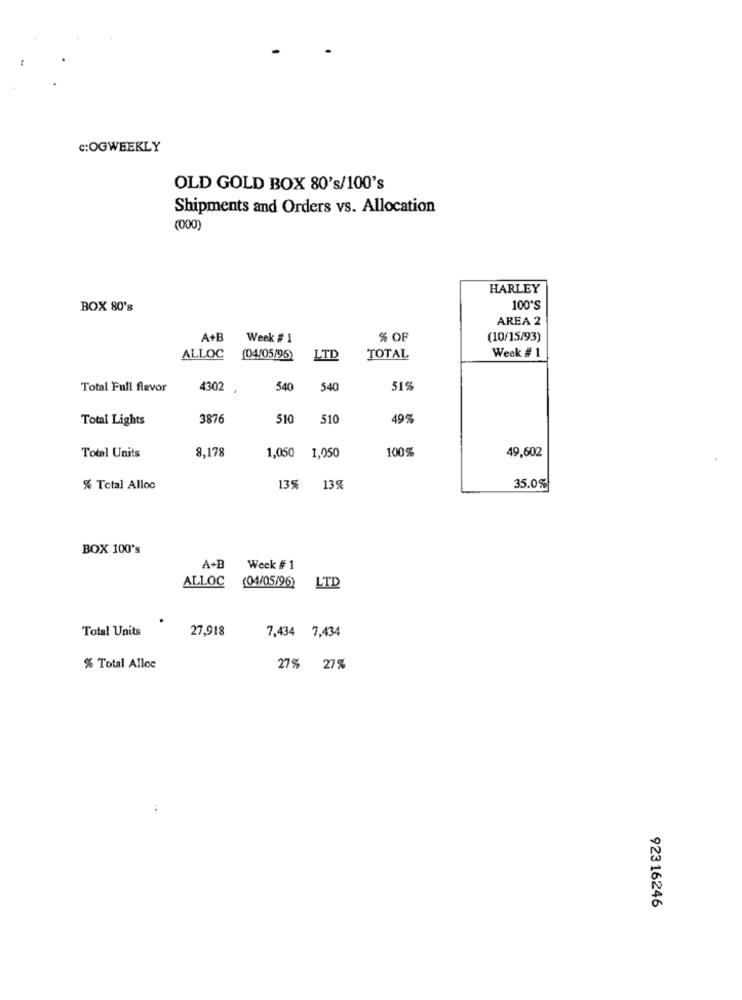
C:OGWEEKLY
OLD GOLD BOX 80's/100's
Shipments and Orders vs. Allocation
(000)
HARLEY
BOX 80's
100'S
AREA 2
A+E
Week # 1
% OF
(10/15/93)
Week # 1
ALLOC
(04/05/95)
LTD
TOTAL
Total Full flavor
4302
.
540
540
51%
Total Lights
3876
510
510
49%
8,178
1,050
100%
49,602
Total Units
1,050
% Total Alloc
135
13%
35.0%
BOX 100's
A+B
Week # 1
ALLOC
(04/05/96)
LTD
Total Units
27,918
7,434 7,434
% Total Alloc
27% 27%
92316246